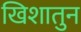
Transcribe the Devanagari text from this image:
खिशातुन